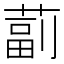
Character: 𦸕